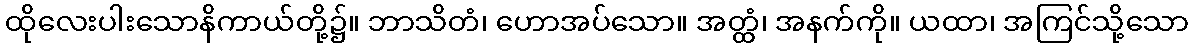
ထိုလေးပါးသောနိကာယ်တို့၌။ ဘာသိတံ၊ ဟောအပ်သော။ အတ္ထံ၊ အနက်ကို။ ယထာ၊ အကြင်သို့သော